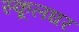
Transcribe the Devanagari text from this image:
स्कूलघर